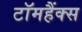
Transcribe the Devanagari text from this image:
टॉमहैंक्स